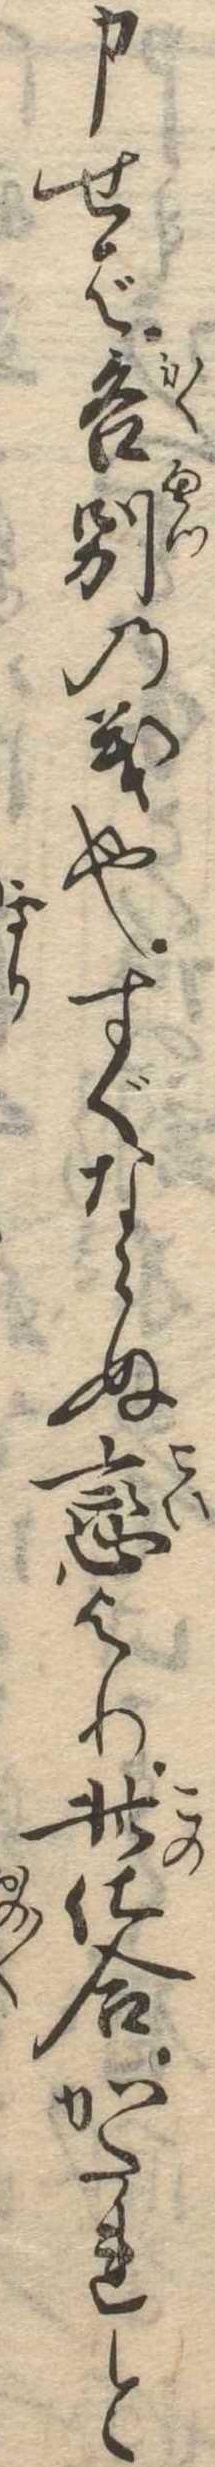
申せば各別の義也すぐならぬ恋より此仕合かたれと